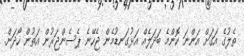
ތެލުގެ އަގަށް އަންނަ ކޮންމެ ބަދަލެއް އަޅުގަނޑުމެން ޖެހޭނެ ޕެސެންޖަރުން އަތުން ހޯދަން.